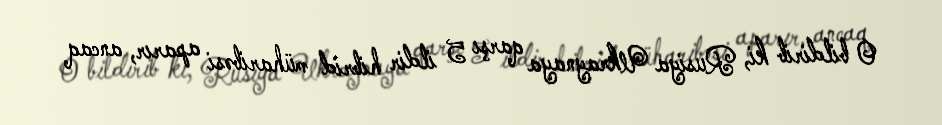
O bildirib ki, Rusiya Ukraynaya qarşı 5 ildir hibrid müharibəsi aparır, ancaq